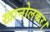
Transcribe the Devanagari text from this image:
खानोलकर।